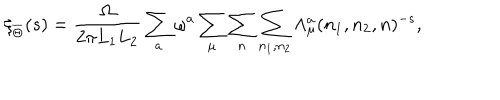
LaTeX: \zeta _ { \overline { { { \Theta } } } } ( s ) = { \frac { \Omega } { 2 \pi L _ { 1 } L _ { 2 } } } \sum _ { a } \omega ^ { a } \sum _ { \mu } \sum _ { n } \sum _ { n _ { 1 } , n _ { 2 } } \Lambda _ { \mu } ^ { a } ( n _ { 1 } , n _ { 2 } , n ) ^ { - s } ,